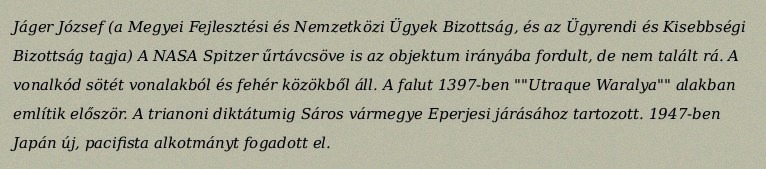
Jáger József (a Megyei Fejlesztési és Nemzetközi Ügyek Bizottság, és az Ügyrendi és Kisebbségi Bizottság tagja) A NASA Spitzer űrtávcsöve is az objektum irányába fordult, de nem talált rá. A vonalkód sötét vonalakból és fehér közökből áll. A falut 1397-ben ""Utraque Waralya"" alakban említik először. A trianoni diktátumig Sáros vármegye Eperjesi járásához tartozott. 1947-ben Japán új, pacifista alkotmányt fogadott el.